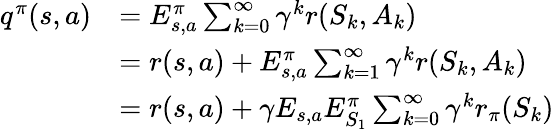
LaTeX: \begin{array}{rl}{q^{\pi}(s,a)}&{=E_{s,a}^{\pi}\sum_{k=0}^{\infty}\gamma^{k}r(S_{k},A_{k})}\\ &{=r(s,a)+E_{s,a}^{\pi}\sum_{k=1}^{\infty}\gamma^{k}r(S_{k},A_{k})}\\ &{=r(s,a)+\gamma E_{s,a}E_{S_{1}}^{\pi}\sum_{k=0}^{\infty}\gamma^{k}r_{\pi}(S_{k})}\end{array}